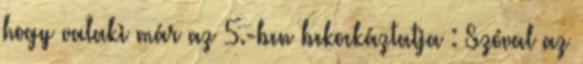
hogy valaki már az 5.-ben bekockáztatja : Szóval az